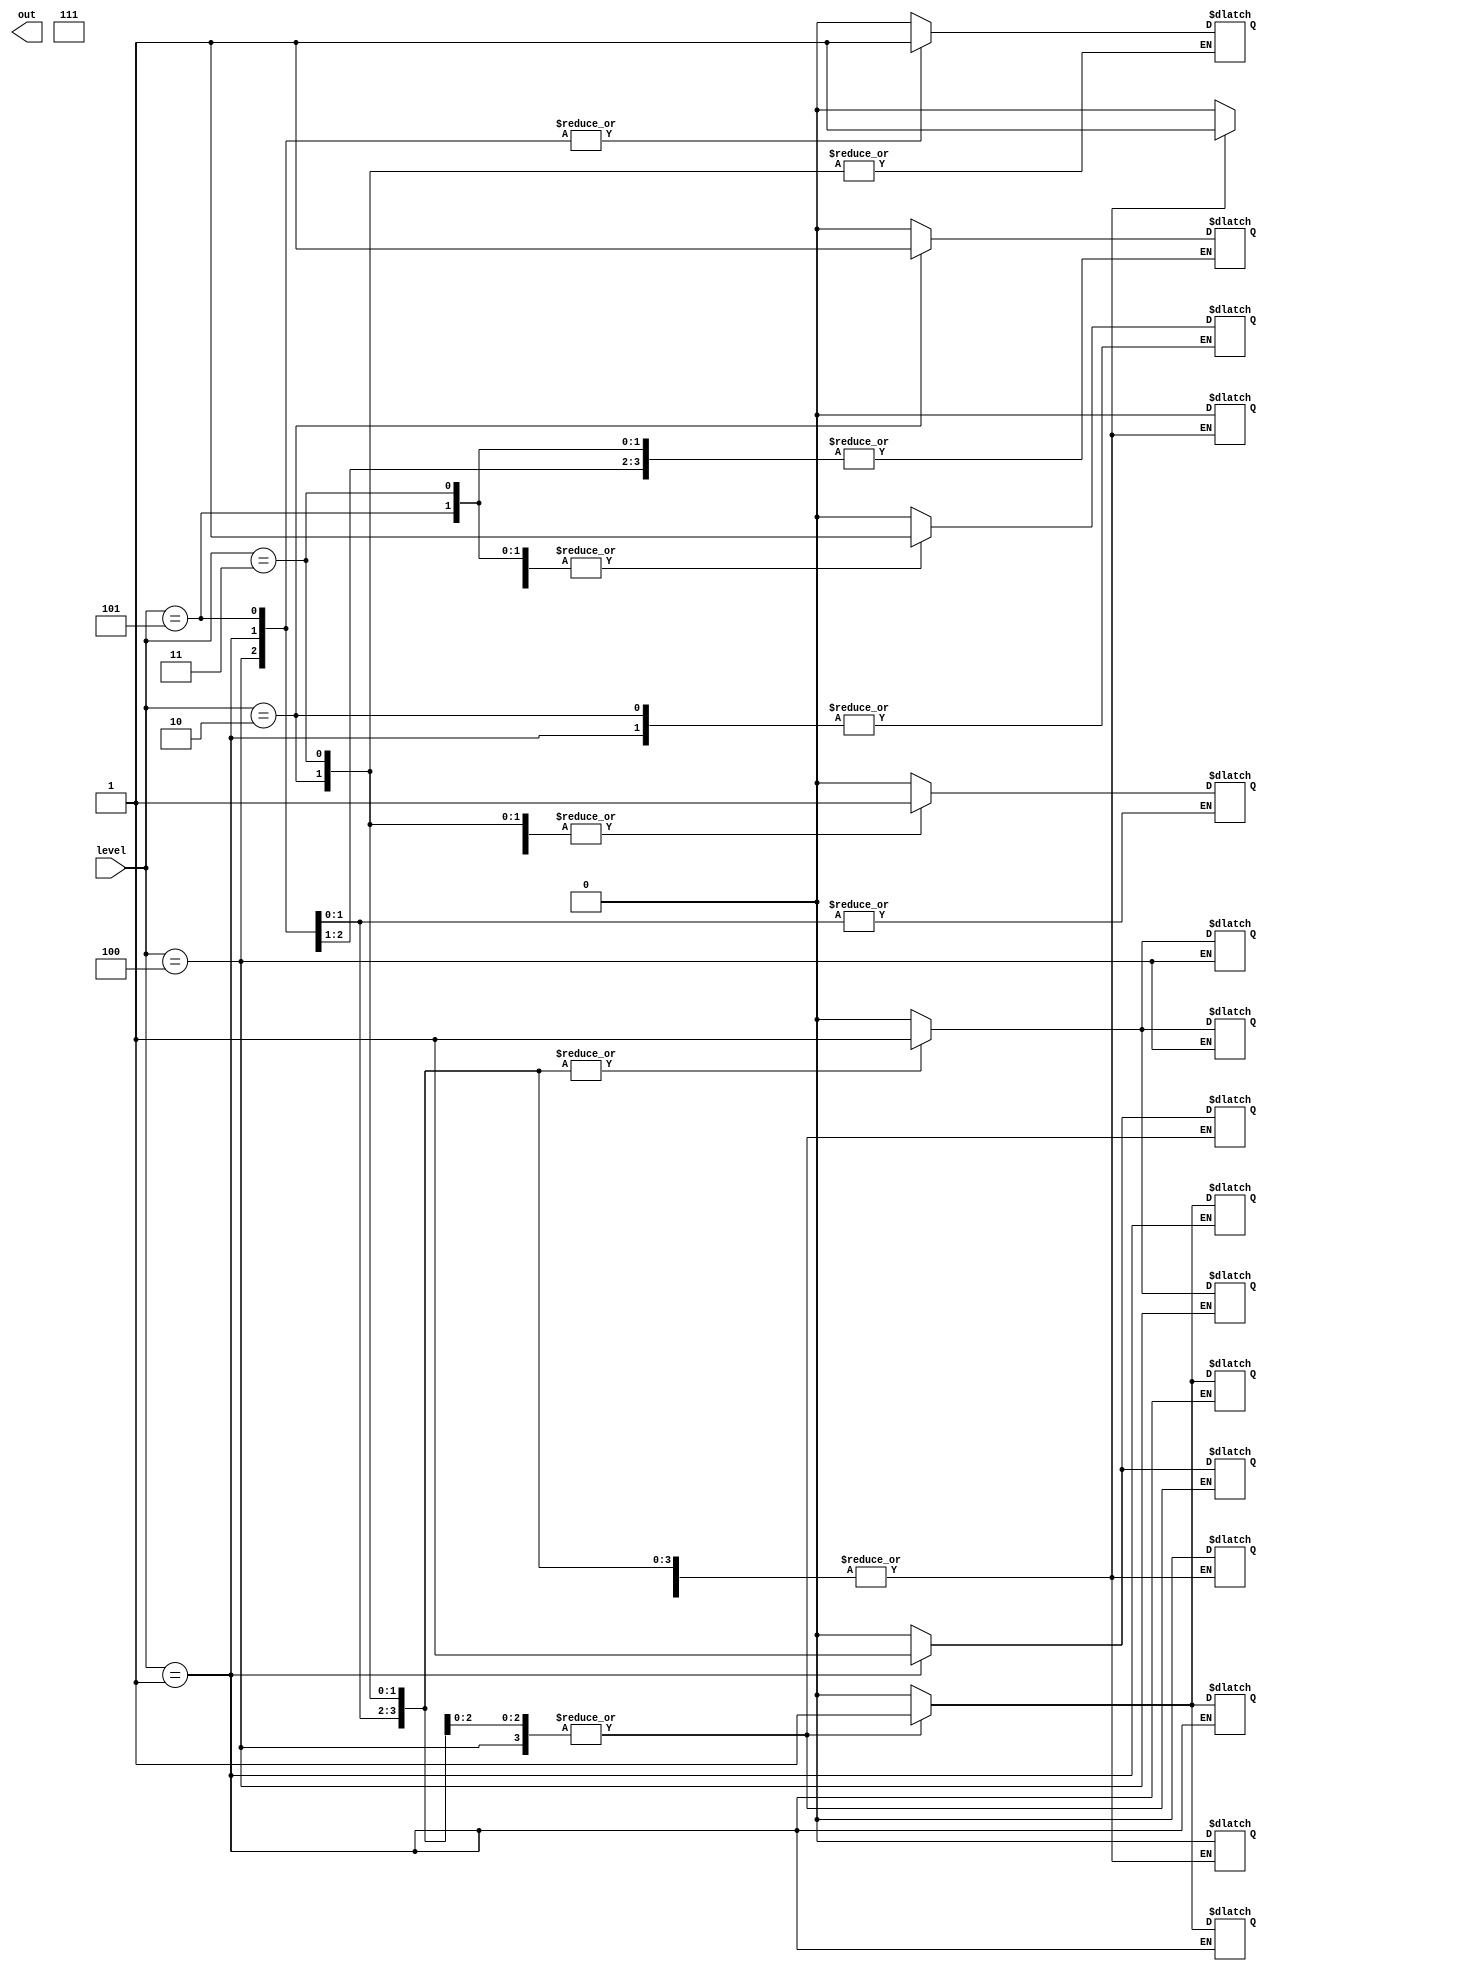
/*
   This file was generated automatically by the Mojo IDE version B1.3.6.
   Do not edit this file directly. Instead edit the original Lucid source.
   This is a temporary file and any changes made to it will be destroyed.
*/

module right_display_2 (
    input [2:0] level,
    output reg [511:0] out
  );
  
  
  
  always @* begin
    out[224+16+0-:1] = 1'h1;
    out[224+20+0-:1] = 1'h1;
    out[224+22+0-:1] = 1'h1;
    out[224+24+0-:1] = 1'h1;
    out[0+16+0-:1] = 1'h1;
    out[0+20+0-:1] = 1'h1;
    out[0+22+0-:1] = 1'h1;
    out[0+24+0-:1] = 1'h1;
    out[32+16+0-:1] = 1'h1;
    out[32+20+0-:1] = 1'h1;
    out[32+22+0-:1] = 1'h1;
    out[32+24+0-:1] = 1'h1;
    out[64+16+0-:1] = 1'h1;
    out[64+20+0-:1] = 1'h1;
    out[64+22+0-:1] = 1'h1;
    out[64+24+0-:1] = 1'h1;
    out[96+16+0-:1] = 1'h1;
    out[96+17+0-:1] = 1'h1;
    out[96+18+0-:1] = 1'h1;
    out[96+21+0-:1] = 1'h1;
    out[96+24+0-:1] = 1'h1;
    out[96+25+0-:1] = 1'h1;
    out[96+26+0-:1] = 1'h1;
    out[160+16+0-:1] = 1'h1;
    out[160+18+0-:1] = 1'h1;
    out[160+20+0-:1] = 1'h1;
    out[160+21+0-:1] = 1'h1;
    out[160+22+0-:1] = 1'h1;
    out[192+16+0-:1] = 1'h1;
    out[192+18+0-:1] = 1'h1;
    out[192+20+0-:1] = 1'h1;
    out[192+22+0-:1] = 1'h1;
    out[480+16+0-:1] = 1'h1;
    out[480+17+0-:1] = 1'h1;
    out[480+18+0-:1] = 1'h1;
    out[480+20+0-:1] = 1'h1;
    out[480+21+0-:1] = 1'h1;
    out[480+22+0-:1] = 1'h1;
    out[256+16+0-:1] = 1'h1;
    out[256+18+0-:1] = 1'h1;
    out[256+20+0-:1] = 1'h1;
    out[288+16+0-:1] = 1'h1;
    out[288+18+0-:1] = 1'h1;
    out[288+20+0-:1] = 1'h1;
    
    case (level)
      1'h1: begin
        out[224+29+0-:1] = 1'h1;
        out[0+28+0-:1] = 1'h1;
        out[0+29+0-:1] = 1'h1;
        out[32+29+0-:1] = 1'h1;
        out[64+29+0-:1] = 1'h1;
        out[96+28+0-:1] = 1'h1;
        out[96+29+0-:1] = 1'h1;
        out[96+30+0-:1] = 1'h1;
      end
      2'h2: begin
        out[224+28+0-:1] = 1'h1;
        out[224+29+0-:1] = 1'h1;
        out[224+30+0-:1] = 1'h1;
        out[0+30+0-:1] = 1'h1;
        out[32+28+0-:1] = 1'h1;
        out[32+29+0-:1] = 1'h1;
        out[32+30+0-:1] = 1'h1;
        out[64+28+0-:1] = 1'h1;
        out[96+28+0-:1] = 1'h1;
        out[96+29+0-:1] = 1'h1;
        out[96+30+0-:1] = 1'h1;
      end
      2'h3: begin
        out[224+28+0-:1] = 1'h1;
        out[224+29+0-:1] = 1'h1;
        out[224+30+0-:1] = 1'h1;
        out[0+30+0-:1] = 1'h1;
        out[32+28+0-:1] = 1'h1;
        out[32+29+0-:1] = 1'h1;
        out[32+30+0-:1] = 1'h1;
        out[64+30+0-:1] = 1'h1;
        out[96+28+0-:1] = 1'h1;
        out[96+29+0-:1] = 1'h1;
        out[96+30+0-:1] = 1'h1;
      end
      3'h4: begin
        out[224+28+0-:1] = 1'h1;
        out[224+30+0-:1] = 1'h1;
        out[0+28+0-:1] = 1'h1;
        out[0+30+0-:1] = 1'h1;
        out[32+28+0-:1] = 1'h1;
        out[32+29+0-:1] = 1'h1;
        out[32+30+0-:1] = 1'h1;
        out[64+30+0-:1] = 1'h1;
        out[96+30+0-:1] = 1'h1;
      end
      3'h5: begin
        out[224+28+0-:1] = 1'h1;
        out[224+29+0-:1] = 1'h1;
        out[224+30+0-:1] = 1'h1;
        out[0+28+0-:1] = 1'h1;
        out[32+28+0-:1] = 1'h1;
        out[32+29+0-:1] = 1'h1;
        out[32+30+0-:1] = 1'h1;
        out[64+30+0-:1] = 1'h1;
        out[96+28+0-:1] = 1'h1;
        out[96+29+0-:1] = 1'h1;
        out[96+30+0-:1] = 1'h1;
      end
      default: begin
        out[224+28+0-:1] = 1'h0;
        out[224+29+0-:1] = 1'h0;
        out[224+30+0-:1] = 1'h0;
        out[0+28+0-:1] = 1'h0;
        out[0+29+0-:1] = 1'h0;
        out[0+30+0-:1] = 1'h0;
        out[32+28+0-:1] = 1'h0;
        out[32+29+0-:1] = 1'h0;
        out[32+30+0-:1] = 1'h0;
        out[64+28+0-:1] = 1'h0;
        out[64+29+0-:1] = 1'h0;
        out[64+30+0-:1] = 1'h0;
        out[96+28+0-:1] = 1'h0;
        out[96+29+0-:1] = 1'h0;
        out[96+30+0-:1] = 1'h0;
        out[128+28+0-:1] = 1'h0;
        out[128+29+0-:1] = 1'h0;
        out[128+30+0-:1] = 1'h0;
      end
    endcase
  end
endmodule